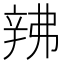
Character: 𬨙